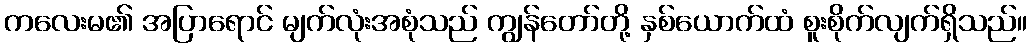
ကလေးမ၏ အပြာရောင် မျက်လုံးအစုံသည် ကျွန်တော်တို့ နှစ်ယောက်ထံ စူးစိုက်လျက်ရှိသည်။